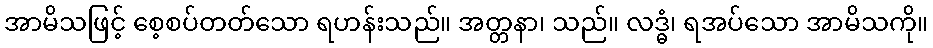
အာမိသဖြင့် စေ့စပ်တတ်သော ရဟန်းသည်။ အတ္တနာ၊ သည်။ လဒ္ဓံ၊ ရအပ်သော အာမိသကို။